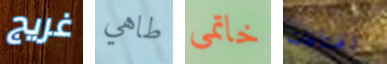
غريج طاهي خاتمي الهتافات